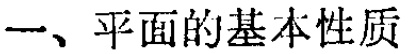
一、平面的基本性质